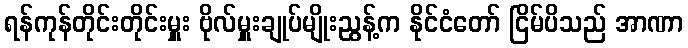
ရန်ကုန်တိုင်းတိုင်းမှူး ဗိုလ်မှူးချုပ်မျိုးညွန့်က နိုင်ငံတော် ငြိမ်ပိသည် အာဏာ